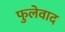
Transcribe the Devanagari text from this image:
फुलेवाद